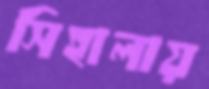
সিহালায়